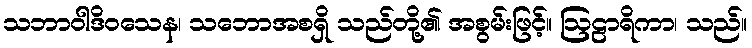
သဘာဝါဒိဝသေန၊ သဘောအစရှိ သည်တို့၏ အစွမ်းဖြင့်။ ဩဠာရိကာ၊ သည်။